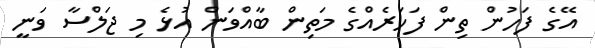
އޭގެ ފަހުން ތިން ފަހަރެއްގެ މަތިން ބާއްވަން އުޅެ މި ޖަލްސާ ވަނީ